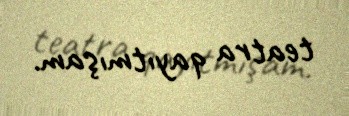
teatra qayıtmışam.